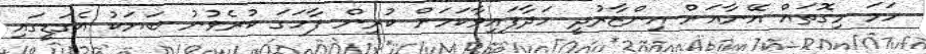
ހަމަ މިގޮތައް އޭނާއަށް އިންޒާރުދީ ހަދާފައިވާކަމަށް ކުރިން ފާހަގަ ކުރެވުނު ބަޔަކު އެގަޑީގައި